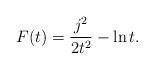
LaTeX: \begin{align*}F (t )=\frac{j^2}{2t^2}-\ln t.\end{align*}